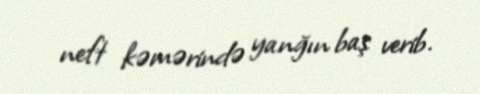
neft kəmərində yanğın baş verib.